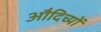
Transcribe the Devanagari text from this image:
औदिच्यों